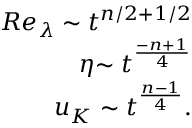
\begin{array} { r } { { R e _ { \lambda } } \sim { t ^ { n / 2 + 1 / 2 } } } \\ { \eta { \sim t ^ { \frac { { - n + 1 } } { 4 } } } } \\ { u _ { K } ^ { } \sim { t ^ { \frac { { n - 1 } } { 4 } } } . } \end{array}